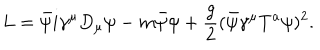
L = \bar { \psi } i \gamma ^ { \mu } D _ { \mu } \psi - m \bar { \psi } \psi + { \frac { g } { 2 } } ( \bar { \psi } \gamma ^ { \mu } T ^ { a } \psi ) ^ { 2 } .